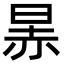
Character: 㫱